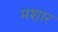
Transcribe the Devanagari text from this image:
मशार